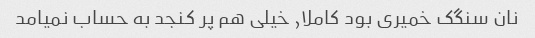
نان سنگک خمیری بود کاملا, خیلی هم پر کنجد به حساب نمیامد